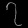
Digit: ၇